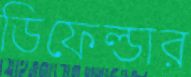
ডিফেল্ডার